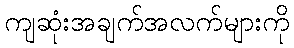
ကျဆုံးအချက်အလက်များကို